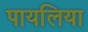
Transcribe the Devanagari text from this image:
पायलिया